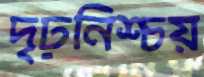
দৃঢ়নিশ্চয়